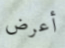
أعرض